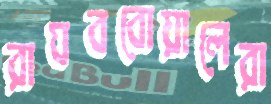
রাঘববোয়ালেরা